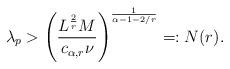
LaTeX: \begin{align*}\lambda_p > \left(\frac{L^{\frac 2r}M}{c_{\alpha,r}\nu}\right)^{\frac{1}{\alpha-1-2/r}}=:N(r).\end{align*}